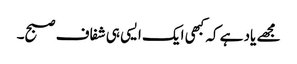
مجھے یاد ہے کہ کبھی ایک ایسی ہی شفاف صبح۔